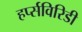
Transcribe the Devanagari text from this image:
हर्प्सविरिडी